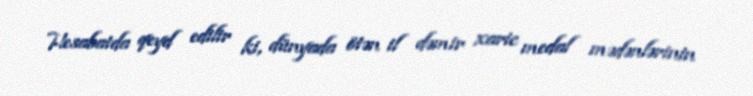
Hesabatda qeyd edilir ki, dünyada ötən il dəmir xaric medal mədənlərinin